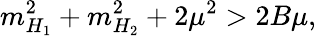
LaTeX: m_{H_{1}}^{2}+m_{H_{2}}^{2}+2\mu^{2}>2B\mu,